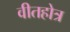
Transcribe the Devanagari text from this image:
वीतहोत्र